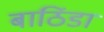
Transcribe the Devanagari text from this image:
बाठिंडा